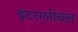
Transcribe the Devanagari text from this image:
इंटरग्लोबल